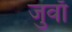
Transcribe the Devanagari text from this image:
जुवाँ